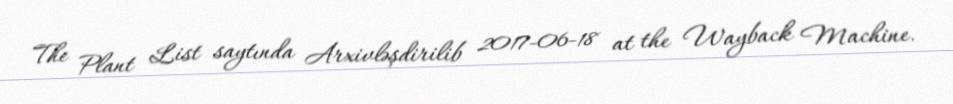
The Plant List saytında Arxivləşdirilib 2017-06-18 at the Wayback Machine.